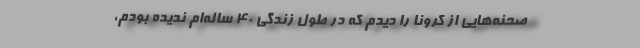
صحنه‌هایی از کرونا را دیدم که در طول زندگی ۴۰ ساله‌ام ندیده بودم،